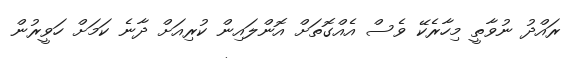
ރައްދު ނުވާތީ މިހާރެކޭ ވެސް އެއްގޮތަށް އޮންލައިން ކުރިއަށް ދާނެ ކަމަށް ހަވީރުން